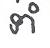
ទាំ